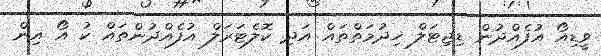
ވީޑިއޯ އުފެއްދުން ޑިޖިޓަލް ޚިދުމަތްތައް އަދި ކޮލެޓަރަލް އުފެއްދުންތައް ކު އޯ އިން